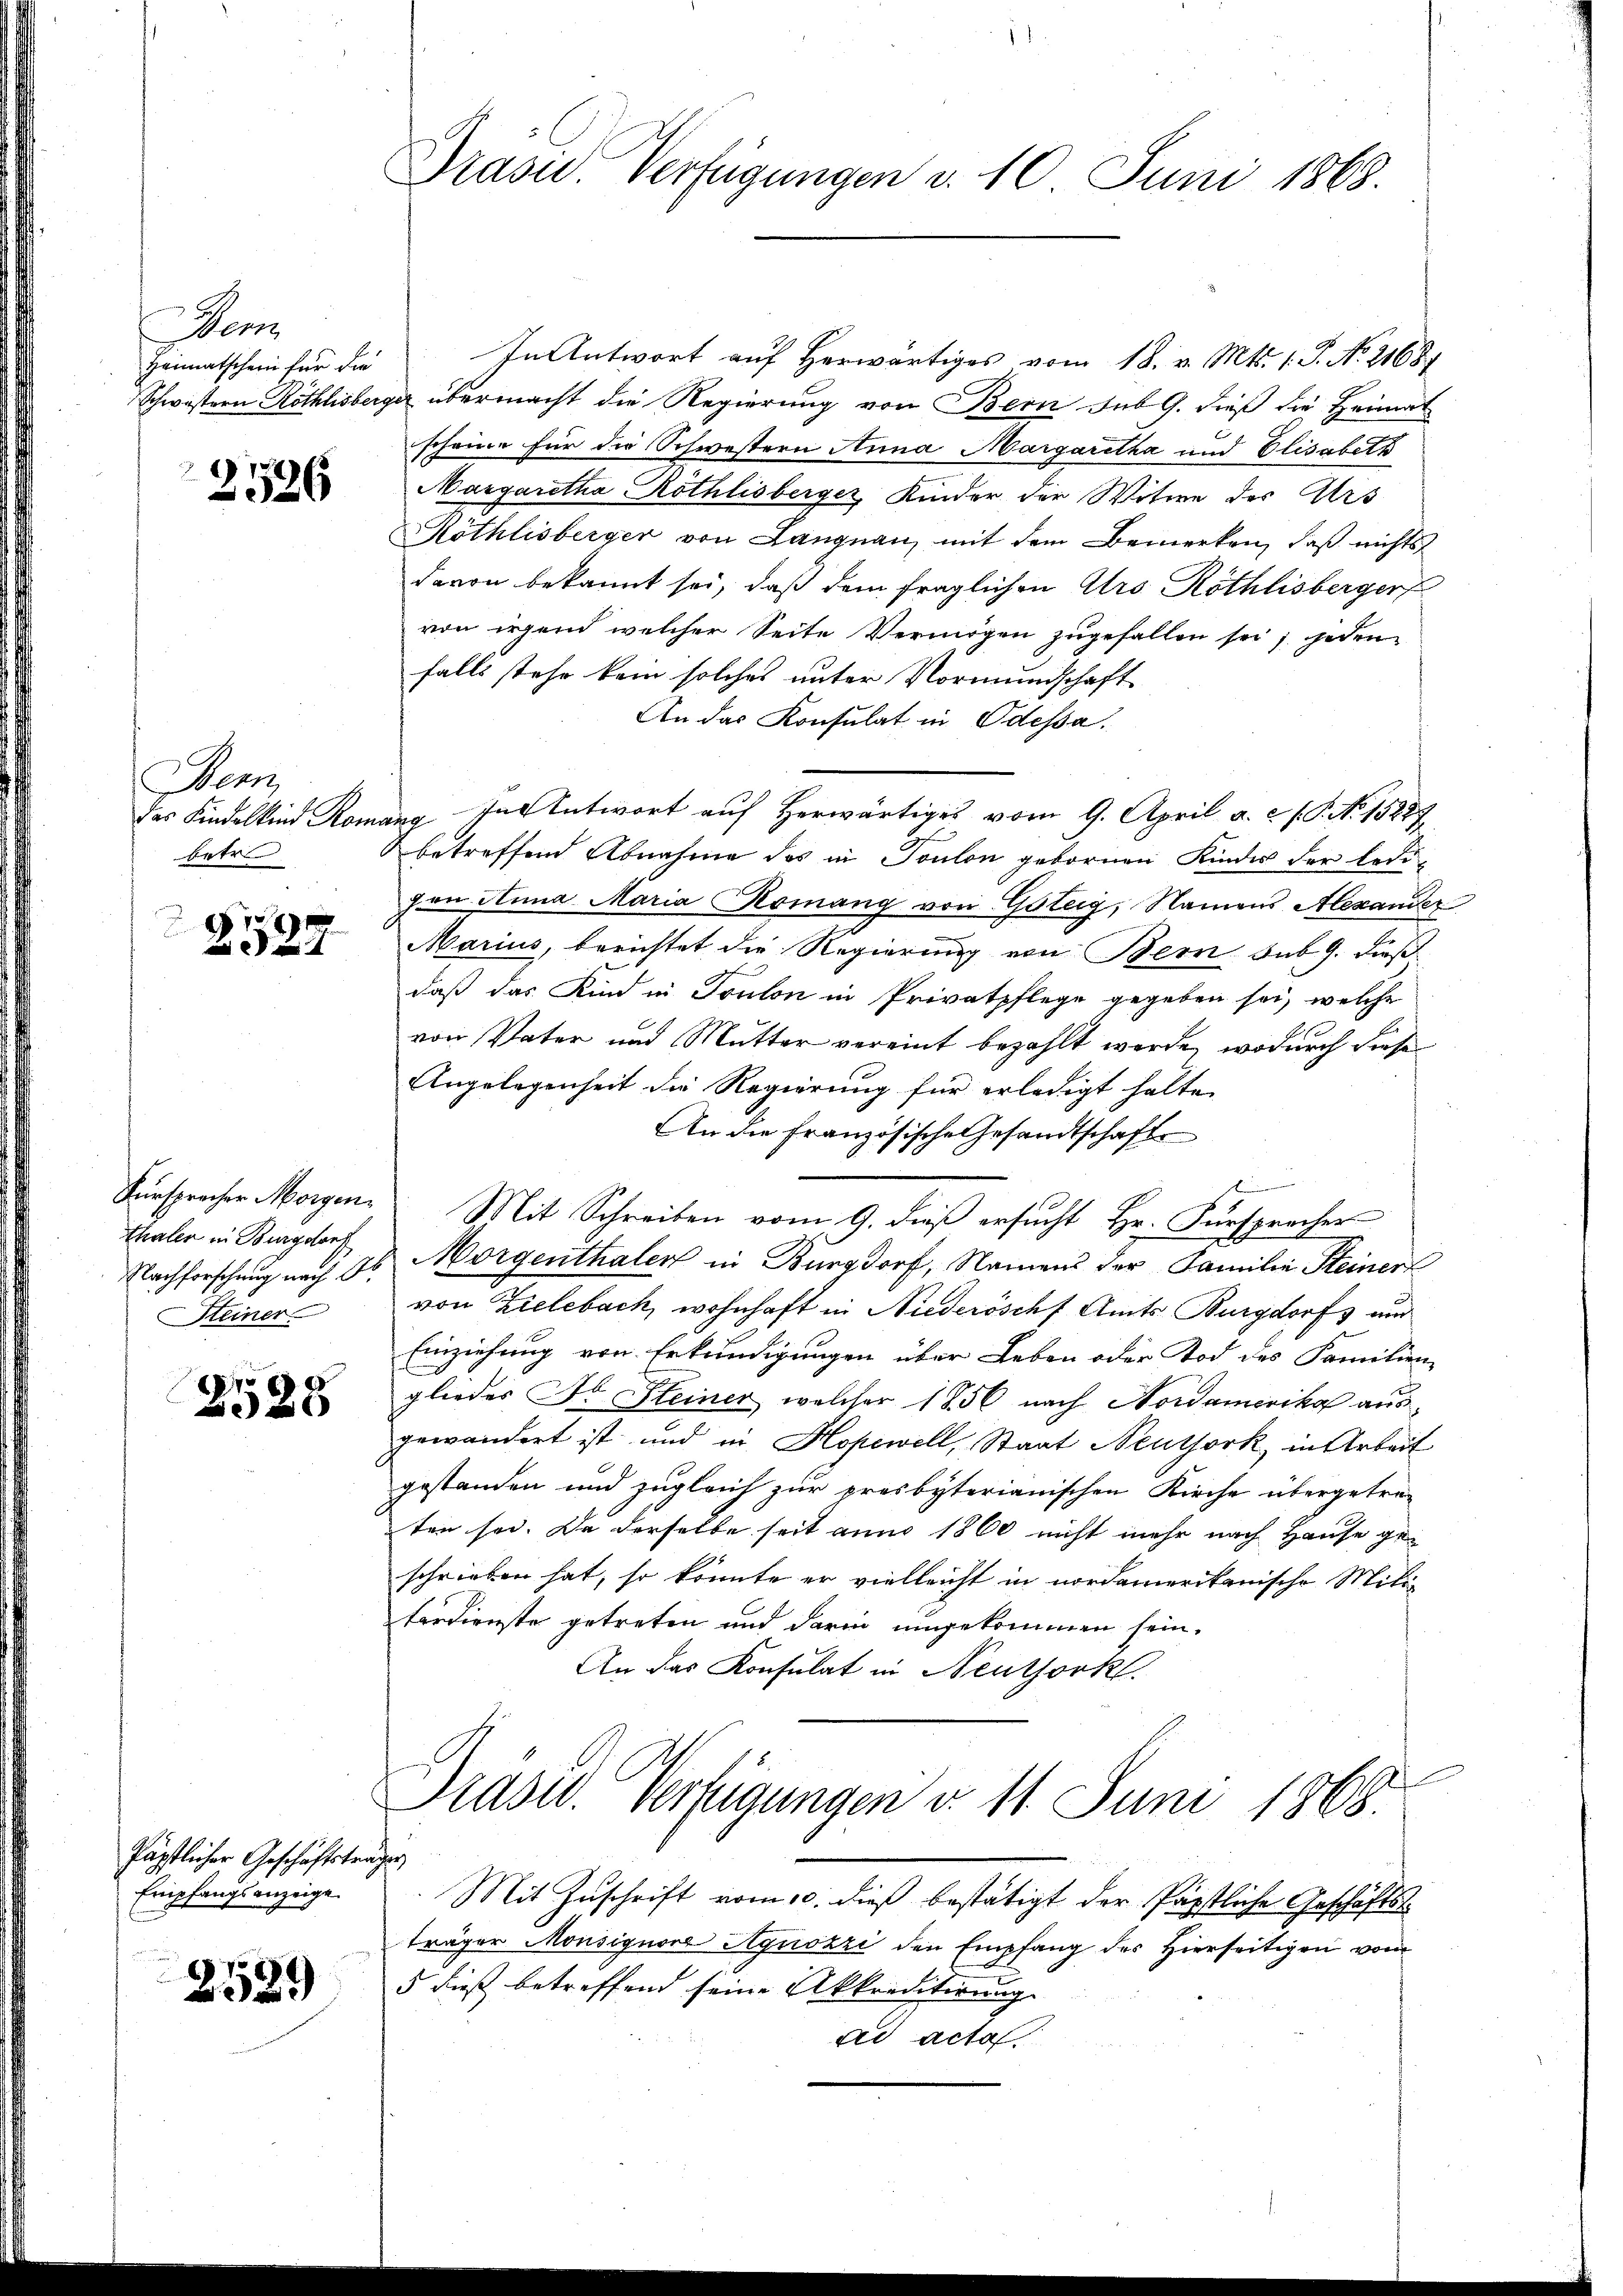
Dem
Heimatschein für die

2
126

e
betr.

78
4

thaler in Burgdorf
Steiner

2528

Päpstlicher Geschäftstra¬
Empfangsanzeige

2589

Präsid. Verfügungen d. 10. Juni 1868.

In Antwort auf herwärtiges vom 18. v. Mts. 1. S. N. 21684
Schwestern Röthlisberger übermacht die Regierung von Bern sub G. dieß die Heimat
scheine für die Schwestern Anna Margaretha und Elisabeth
Margaretha Röthlisberger, Kinder der Witwe des Ars
Röthlisberger von Langnau, mit dem Bemerken, daß nichts
davon bekannt sei, daß dem fraglichen Ars Röthlisberger
von irgend welcher Seite Vermögen zugefallen sei, jeden
falls stehe kein solches unter Vormundschaft
An das Konsulat in Odessa.
das Kindelkind Romang. In Antwort auf Herwärtiges vom 9. April a. c. s. S. t. 15287
betreffend Abnahme des in Toulon gebornen Kindes der ledipan Anna Maria Komang von Göttig, Namens Alexander
Marius, berichtet die Regierung von Bern sub 9. dießdaß das Kind in Toulon in Privatpflege gegeben sei, welche
von Vater und Mutter vereint bezahlt werde, wodurch diese
Angelegenheit die Regierung für erledigt halte.
An die Französische Gesandtschaft

Fürsprocher Morgen Mit Schreiben vom 9. dieβ ersŭcht Hr. Fürspracher
Nachforschung nach 3 Morgenthaler in Burgdorf, Namens der Familie Steiner
von Zielebach, wohnhaft in Niederöschf Amts Burgdorf un
Einziehung von Erkundigungen über Leben oder Tod des Familien-
gliedes Fr. Steiner welcher 1856 nach Nordamerika ausgewändert ist und in Hopewell, Staat Neuthork, in Arbeit
gestanden und zugleich zur prosbyterianischen Kirche übergetre-
ten sei. Da derselbe seit anno 1860 nicht mehr nach Hause ge-
schrieben hat, so könnte er vielleicht in nordamerikanische Militerdienste getreten und darin umgekommen sein.
An das Konsulat in Neuthork
Präsid. Verfügungen d. 11. Juni 1868.
he
Mit Zuschrift vom 10. dieß bestätigt der Päpstliche Geschäftsträger Monsignore Agnozzi den Empfang des Hierseitigen vom
5 dieß betreffend seine Akkreditirung |
ad acta